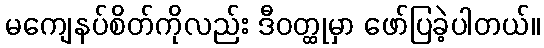
မကျေနပ်စိတ်ကိုလည်း ဒီဝတ္ထုမှာ ဖော်ပြခဲ့ပါတယ်။